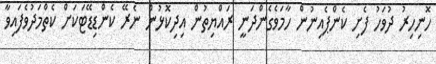
ހޮނިހިރު ދުވަހު ފެށި ކެންޕެއިނުން ހާމަވެގެންދަނީ ރައްޔިތުން އިދިކޮޅުން ނެރޭ ކެންޑިޑޭޓަކަށް ކެތްމަދުވެފައިވާ